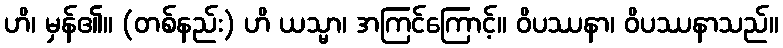
ဟိ၊ မှန်၏။ (တစ်နည်း) ဟိ ယသ္မာ၊ အကြင်ကြောင့်။ ဝိပဿနာ၊ ဝိပဿနာသည်။